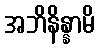
အဘိနိန္နာမိ